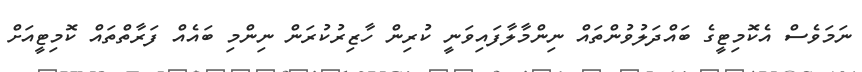
ނަމަވެސް އެކޮމިޓީގެ ބައްދަލުވުންތައް ނިންމާލާފައިވަނީ ކުރިން ހާޒިރުކުރަން ނިންމި ބައެއް ފަރާތްތައް ކޮމިޓީއަށް